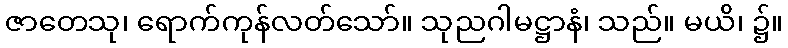
ဇာတေသု၊ ရောက်ကုန်လတ်သော်။ သုညဂါမဋ္ဌာနံ၊ သည်။ မယိ၊ ၌။